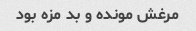
مرغش مونده و بد مزه بود